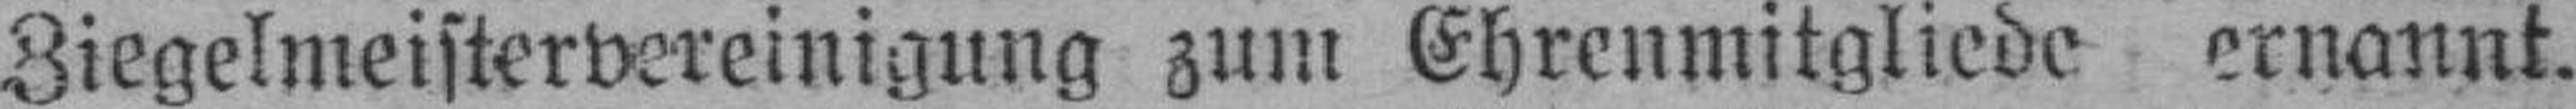
Ziegelmeistervereinigung zum Ehrenmitgliede ernannt.